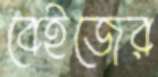
বেইজের